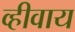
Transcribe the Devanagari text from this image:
व्हीवाय